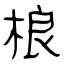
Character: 桹